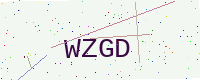
Text: WZGD